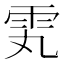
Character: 𬯸